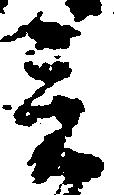
言